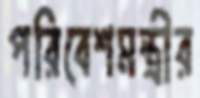
পরিবেশমন্ত্রীর